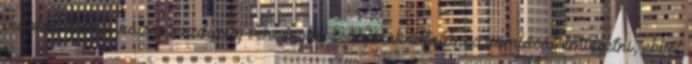
indokolatlan a hazai gazdaság versenyképességének általános romlását emlegetni, ebből